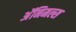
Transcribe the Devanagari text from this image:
अॅनिमल्स